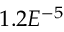
1 . 2 E ^ { - 5 }